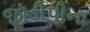
જીડીપીના